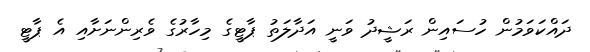
ދައްކަވަމުން ހުސައިން ރަޝީދު ވަނީ އަދާލަތު ޕާޓީގެ މިހާރުގެ ވެރިންނަށާއި އެ ޕާޓީ